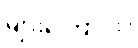
များကြောင်း။